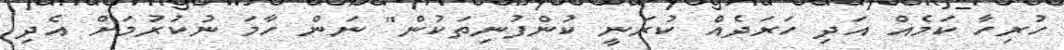
ހުރިހާ ކަމެއް އަދި ހަރަދެއް ކުރަނީ ކުންފުނިތަކުން" ނަން ހާމަ ނުކުރުމަށް އެދި